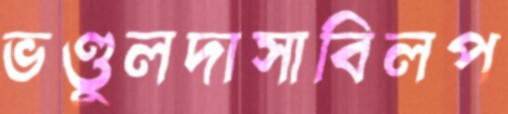
ভণ্ডুলদাসাবিলপ